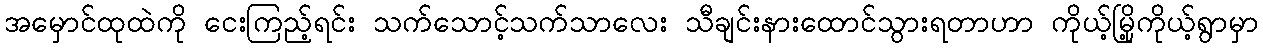
အမှောင်ထုထဲကို ငေးကြည့်ရင်း သက်သောင့်သက်သာလေး သီချင်းနားထောင်သွားရတာဟာ ကိုယ့်မြို့ကိုယ့်ရွာမှာ